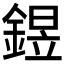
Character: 𨩄